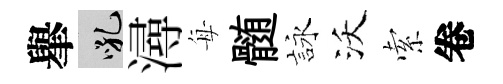
𦦙吼潯每髄詠沃索卷